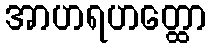
အာဟရဟတ္ထော